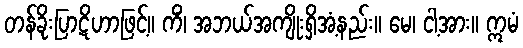
တန်ခိုးပြာဋိဟာဖြင့်။ ကိံ၊ အဘယ်အကျိုးရှိအံ့နည်း။ မေ၊ ငါ့အား။ ဣမံ